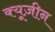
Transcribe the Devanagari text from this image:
क्यूज़ीन